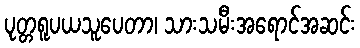
ပုတ္တရူပယသူပေတာ၊ သားသမီးအရောင်အဆင်း